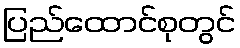
ပြည်ထောင်စုတွင်